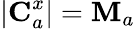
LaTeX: |\textbf{C}_{a}^{x}|=\textbf{M}_{a}